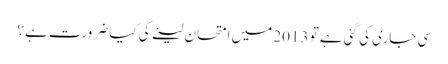
سی جاری کی گئی ہے تو 2013 میں امتحان لینے کی کیا ضرورت ہے؟